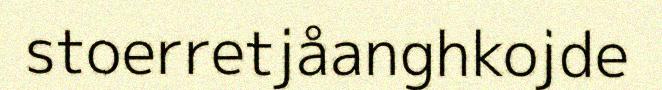
stoerretjåanghkojde